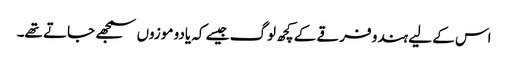
اس کے لیے ہندو فرقے کے کچھ لوگ جیسے کہ یادو موزوں سمجھے جاتے تھے۔